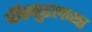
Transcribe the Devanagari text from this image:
वॉस्कुइलच्या